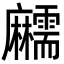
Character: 𪎱